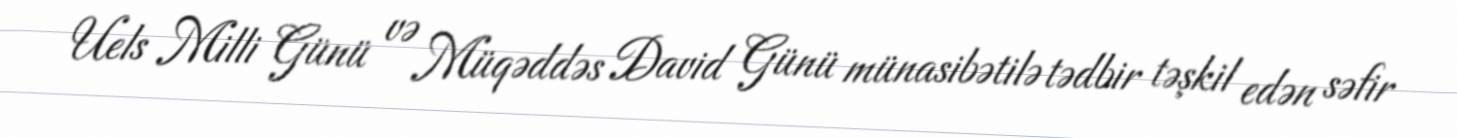
Uels Milli Günü və Müqəddəs David Günü münasibətilə tədbir təşkil edən səfir